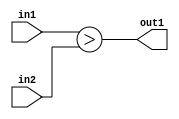
`timescale 1ps / 1ps
/*****************************************************************************
    Verilog RTL Description
    
    
    Created by: Stratus DpOpt 2019.1.01 
*******************************************************************************/

module GaussianFilter_LessThan_2Ux2U_1U_4 (
	in2,
	in1,
	out1
	); /* architecture "behavioural" */ 
input [1:0] in2,
	in1;
output  out1;
wire  asc001;

assign asc001 = (in1>in2);

assign out1 = asc001;
endmodule

/* CADENCE  urf3Sgo= : u9/ySgnWtBlWxVPRXgAZ4Og= ** DO NOT EDIT THIS LINE ******/